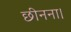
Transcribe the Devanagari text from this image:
छीनना।